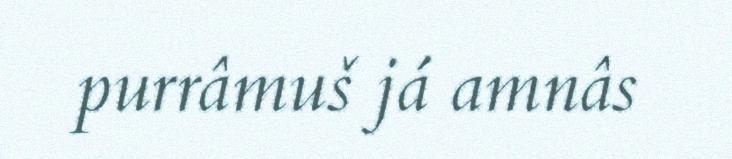
purrâmuš já amnâs